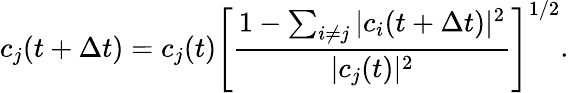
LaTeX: c_{j}(t+\Delta t)=c_{j}(t)\left[\frac{1-\sum_{i\neq j}|c_{i}(t+\Delta t)|^{2}}{|c_{j}(t)|^{2}}\right]^{1/2}.